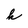
Character: h